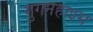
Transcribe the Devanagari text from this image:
गुगनहाइम